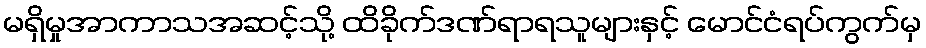
မရှိမှုအာကာသအဆင့်သို့ ထိခိုက်ဒဏ်ရာရသူများနှင့် မောင်ငံရပ်ကွက်မှ